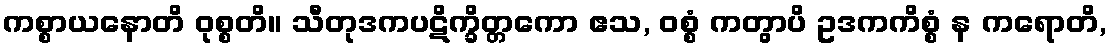
ကစ္စာယနောတိ ဝုစ္စတိ။ သီတုဒကပဋိက္ခိတ္တကော ဧသ, ဝစ္စံ ကတွာပိ ဥဒကကိစ္စံ န ကရောတိ,